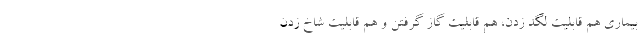
بیماری هم قابلیت لگد زدن، هم قابلیت گاز گرفتن و هم قابلیت شاخ زدن